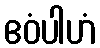
ဧဝံပါဟံ